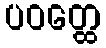
ပဝတ္ထေ